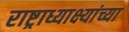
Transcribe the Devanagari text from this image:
राष्ट्राध्याक्ष्यांच्या